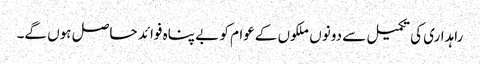
راہداری کی تکمیل سے دونوں ملکوں کےعوام کو بے پناہ فوائد حاصل ہوں گے۔